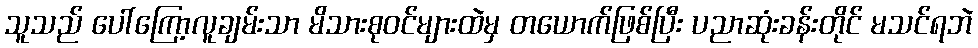
သူသည် ပေါ်ကြော့လူချမ်းသာ မိသားစုဝင်များထဲမှ တယောက်ဖြစ်ပြီး ပညာဆုံးခန်းတိုင် မသင်ရဘဲ